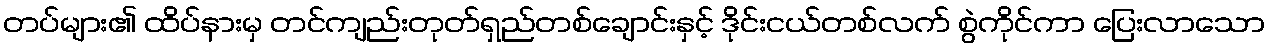
တပ်များ၏ ထိပ်နားမှ တင်ကျည်းတုတ်ရှည်တစ်ချောင်းနှင့် ဒိုင်းငယ်တစ်လက် စွဲကိုင်ကာ ပြေးလာသော